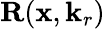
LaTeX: {\mathbf{R}}(\mathbf{x},\mathbf{k}_{r})